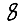
Digit: 8